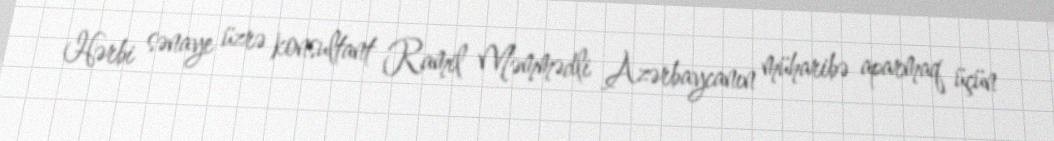
Hərbi sənaye üzrə konsultant Ramil Məmmədli Azərbaycanın müharibə aparmaq üçün